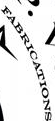
FABRICATIONS